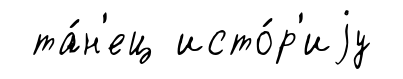
та́н'ец исто́р'иjу